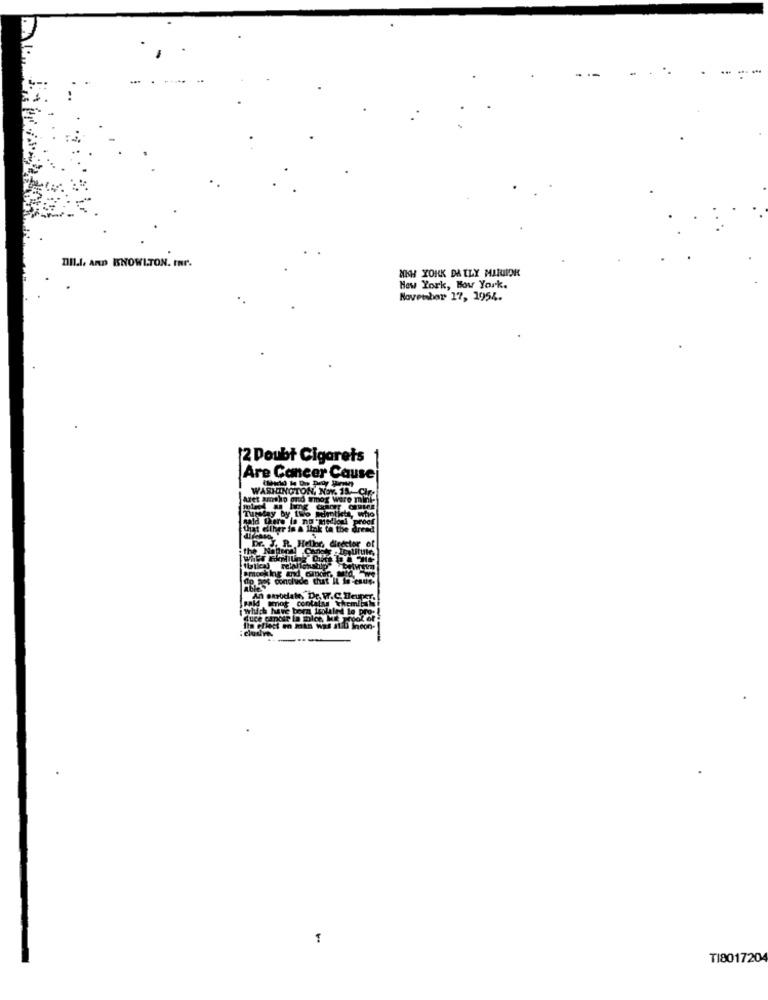
DIl.l. ARD KNOWLTON. tar.
NKH YORK DAILY MARIOK
New York, Bow York.
November 17, 1954.
12 Doubt Cigarets 1
Are Cancer Cause
WASHINGTON, Nov. 15 .- CIF-
Aret amaho ond wmor were mint
tiets, who
that either in & link ta the dress
Dr. J. R. Heller, director of
thilo) relalfonstil
do nes conclude that IL in -esue.
vald smot contalas whemil
An enodate, Dr, W.C. Deuper,
i Which have bern isolaled le pro -!
duce cmbir Ba
se la moice, Mi proof of
Ila pflect en min Was still incon-
---
1
TI8017204